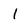
Character: 1